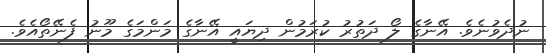
ނުދެވުނެވެ. އޭނާގެ ލޯ ދަތުރު ކުރަމުން ދިޔައީ އޭނާގެ މަންމަގެ މޫނު ފެނޭތޯއެވެ.